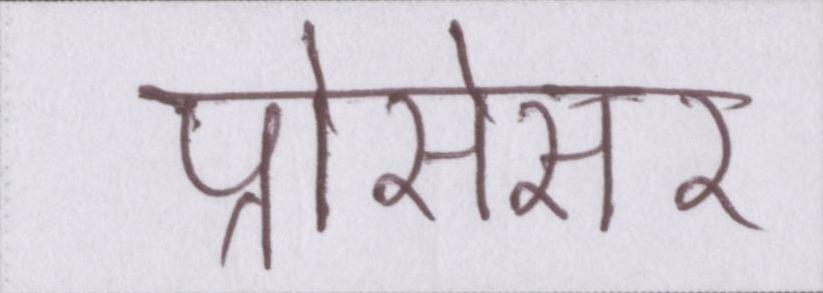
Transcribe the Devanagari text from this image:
प्रोसेसर